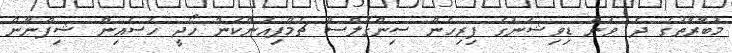
މުބާރާތުގެ ދެ ވަނަ ޑިވިޝަނުގެ ފިރިހެން ސިންގަލްސް ޗެމްޕިއަންކަން ހޯދީ ހުސެއިން ޝިފްނާން